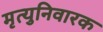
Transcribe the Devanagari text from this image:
मृत्युनिवारक